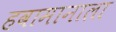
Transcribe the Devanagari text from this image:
हवामानाला